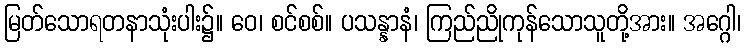
မြတ်သောရတနာသုံးပါး၌။ ဝေ၊ စင်စစ်။ ပသန္နာနံ၊ ကြည်ညိုကုန်သောသူတို့အား။ အဂ္ဂေါ၊